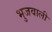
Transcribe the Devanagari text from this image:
भुजवाली